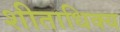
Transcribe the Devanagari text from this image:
शीताधिक्य